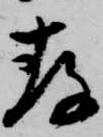
存